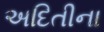
અદિતીના